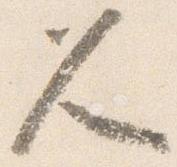
久